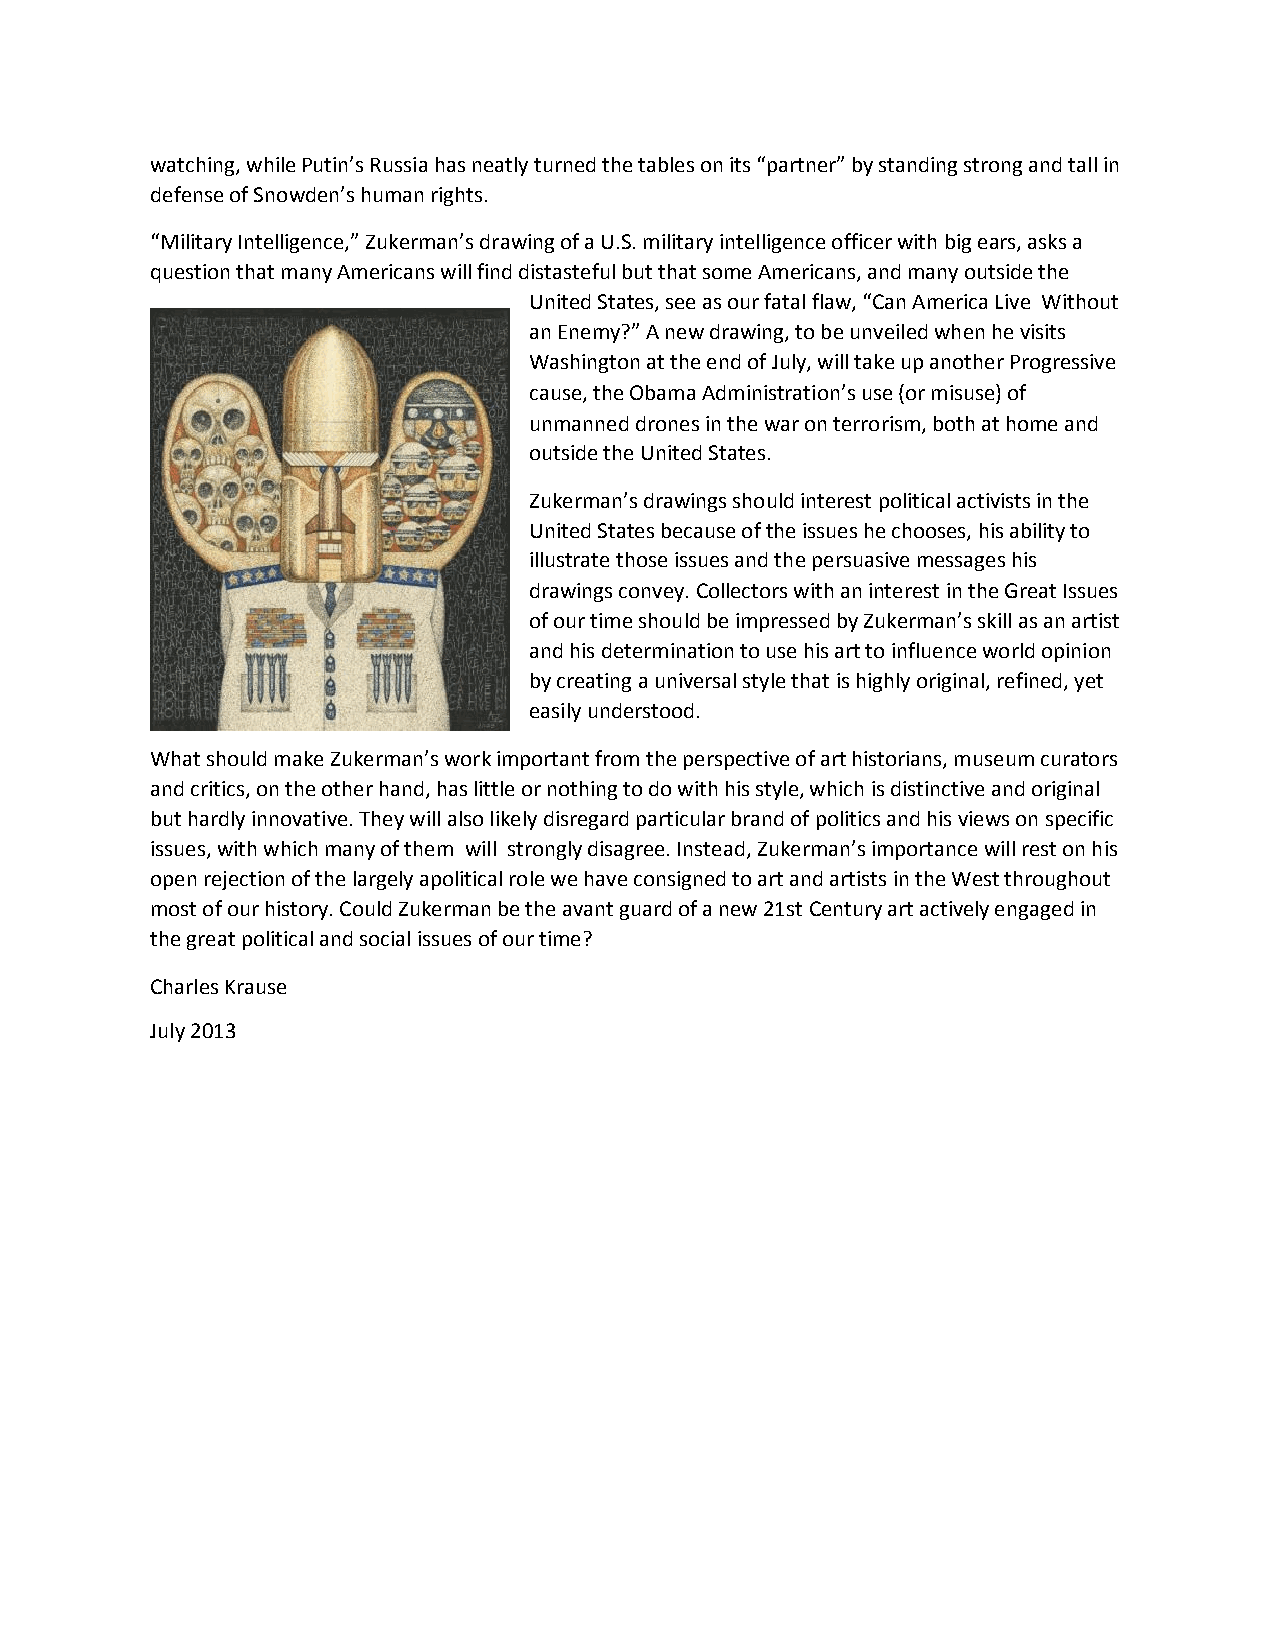
watching, while Putin’s Russia has neatly turned the tables on its “partner” by standing strong and tall in
 defense of Snowden’s human rights.
 “Military Intelligence,” Zukerman’s drawing of a U.S. military intelligence officer with big ears, asks a
 question that many Americans will find distasteful but that some Americans, and many outside the
 United States, see as our fatal flaw, “Can America Live Without
 an Enemy?” A new drawing, to be unveiled when he visits
 Washington at the end of July, will take up another Progressive
 cause, the Obama Administration’s use (or misuse) of
 unmanned drones in the war on terrorism, both at home and
 outside the United States.
 Zukerman’s drawings should interest political activists in the
 United States because of the issues he chooses, his ability to
 illustrate those issues and the persuasive messages his
 drawings convey. Collectors with an interest in the Great Issues
 of our time should be impressed by Zukerman’s skill as an artist
 and his determination to use his art to influence world opinion
 by creating a universal style that is highly original, refined, yet
 easily understood.
 What should make Zukerman’s work important from the perspective of art historians, museum curators
 and critics, on the other hand, has little or nothing to do with his style, which is distinctive and original
 but hardly innovative. They will also likely disregard particular brand of politics and his views on specific
 issues, with which many of them will strongly disagree. Instead, Zukerman’s importance will rest on his
 open rejection of the largely apolitical role we have consigned to art and artists in the West throughout
 most of our history. Could Zukerman be the avant guard of a new 21st Century art actively engaged in
 the great political and social issues of our time?
 Charles Krause
 July 2013